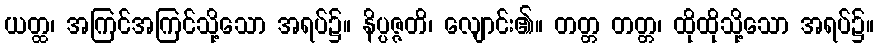
ယတ္ထ၊ အကြင်အကြင်သို့သော အရပ်၌။ နိပ္ပဇ္ဇတိ၊ လျောင်း၏။ တတ္တ တတ္တ၊ ထိုထိုသို့သော အရပ်၌။